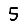
Digit: 5